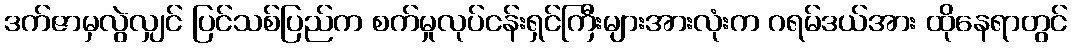
ဒက်ဇာမှလွဲလျှင် ပြင်သစ်ပြည်က စက်မှုလုပ်ငန်းရှင်ကြီးများအားလုံးက ဂရမ်ဒယ်အား ထိုနေရာတွင်